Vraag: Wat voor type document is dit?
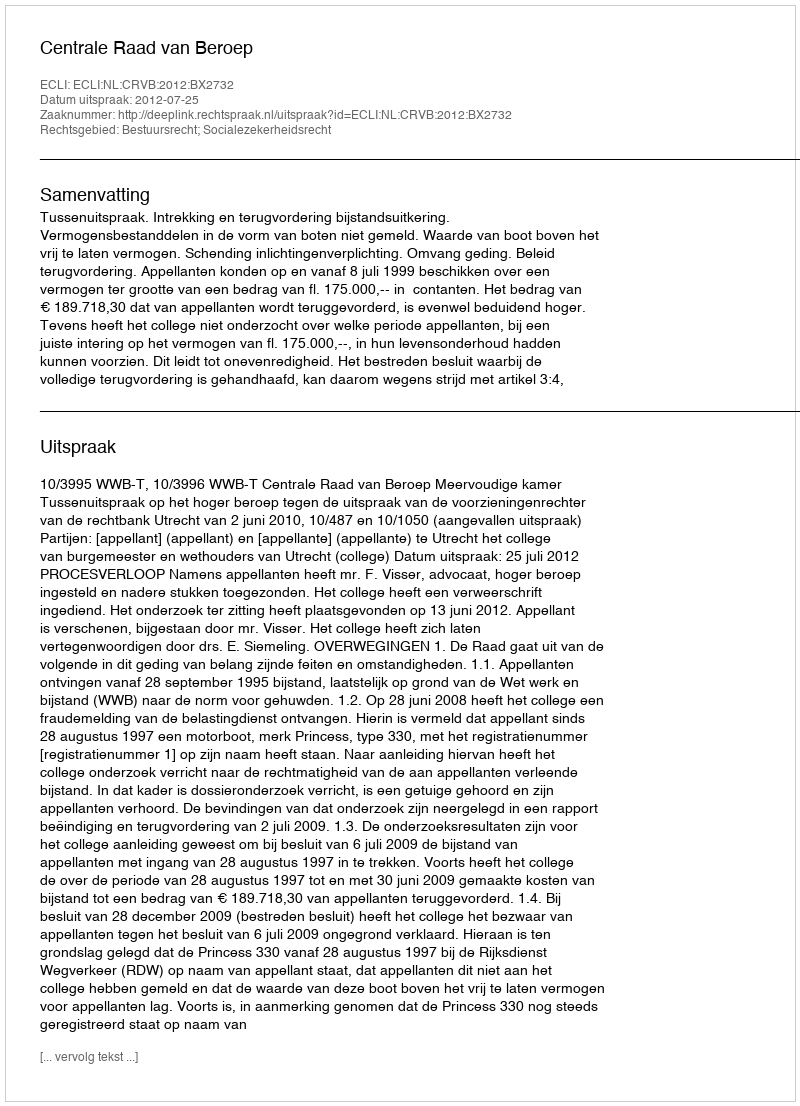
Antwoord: Uitspraak